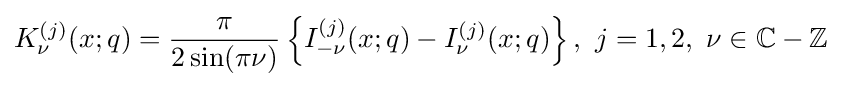
K_{\nu }^{(j)}(x;q)={\frac {\pi }{2\sin(\pi \nu )}}\left\{I_{-\nu }^{(j)}(x;q)-I_{\nu }^{(j)}(x;q)\right\},\ j=1,2,\ \nu \in \mathbb {C} -\mathbb {Z}